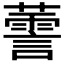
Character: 𱾳